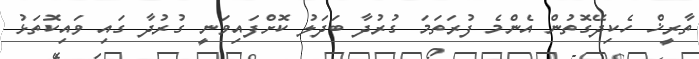
ތާރީޚް ހެކިދޭގޮތުން އެންމެ ފުރަތަމަ ގުރުދާ ބަދަލު ކޮށްފައިވަނީ ގުރުދާ ގައި ވައިކޮތަޅު